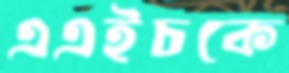
এএইচকে